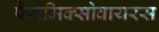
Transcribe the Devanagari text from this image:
पैरामिक्सोवायरस